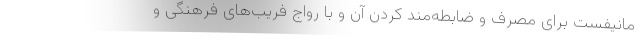
مانیفست برای مصرف و ضابطه‌مند کردن آن و با رواج فریب‌های فرهنگی و